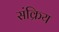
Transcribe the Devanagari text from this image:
संक्रिय